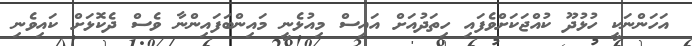
އަހަންނަކީ ހުޅުދޫ ކުއްޖަކަށްވެފައި ހިތަދުއަށް އައިސް މިއުޅެނީ މައިންބަފައިންނާ ވެސް ދެކޮޅަށް ކައިވެނި